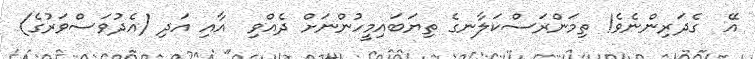
އޭ  ގެދަރިންނެވެ! ތިމަންރަސްކަލާނގެ ތިޔަބައިމީހުންނަށް ދެއްވި  އާއި އަދި (އެދުވަސްވަރުގެ)